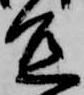
宜